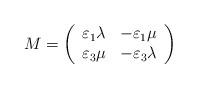
LaTeX: \begin{align*}M=\left( \begin{array}{cc}\varepsilon_1\lambda &-\varepsilon_1\mu\\\varepsilon_3\mu&-\varepsilon_{3}\lambda\end{array}\right) \end{align*}